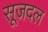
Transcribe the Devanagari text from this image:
सूजदल